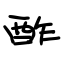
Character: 酢